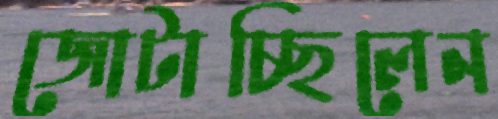
জোটাচ্ছিলেন